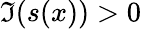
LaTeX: \Im(s(x))>0